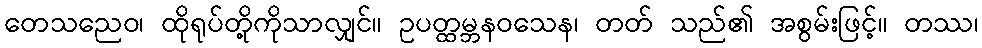
တေသညေဝ၊ ထိုရုပ်တို့ကိုသာလျှင်။ ဥပတ္ထမ္ဘနဝသေန၊ တတ် သည်၏ အစွမ်းဖြင့်။ တဿ၊